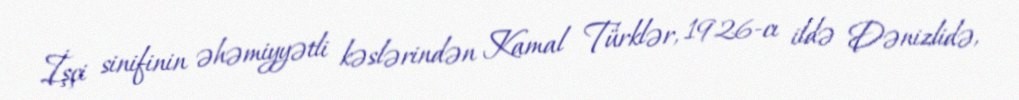
İşçi sinifinin əhəmiyyətli kəslərindən Kamal Türklər, 1926-cı ildə Dənizlidə,